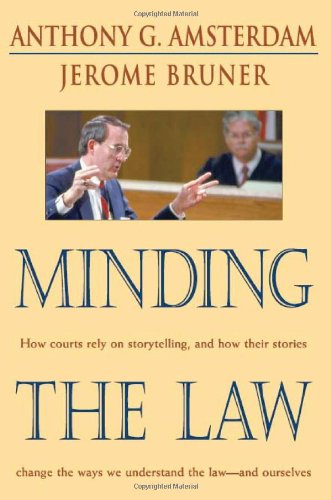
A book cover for Minding the Law; Anthony G. Amsterdam; Law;